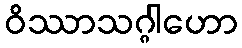
ဝိဿာသဂ္ဂါဟော